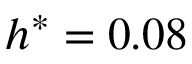
h ^ { * } = 0 . 0 8